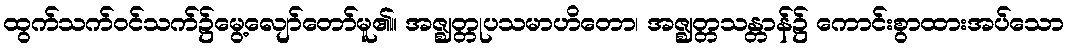
ထွက်သက်ဝင်သက်၌မွေ့လျော်တော်မူ၏။ အဇ္ဈတ္တုပသမာဟိတော၊ အဇ္ဈတ္တသန္တာန်၌ ကောင်းစွာထားအပ်သော